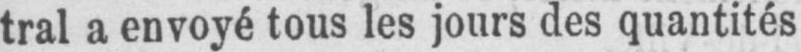
tral a envoyé tous les jours des quantités